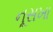
નૂસખા